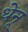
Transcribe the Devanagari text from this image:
धेनू